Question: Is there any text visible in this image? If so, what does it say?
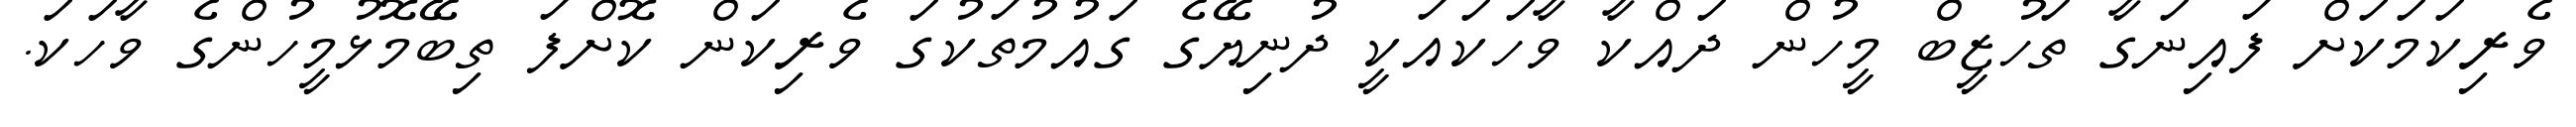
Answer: ވެރިކަމަކަށް ފައިނަގާ ތަހުޒީބް މީހުން ދައްކާ ވާހަކައަކީ ދުނިޔޭގެ ގައުމުތަކުގަ ވެރިކަން ކޮށްފަ ތިބޭމޮޅުމީހުންގެ ވާހަކަ.